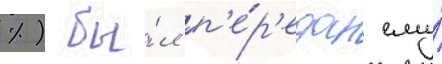
%) бы́л п'е́р'едан ему́